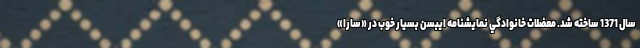
سال 1371 ساخته شد. معضلات خانوادگي نمايشنامه ايبسن بسيار خوب در «سارا»